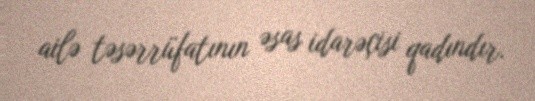
ailə təsərrüfatının əsas idarəçisi qadındır.